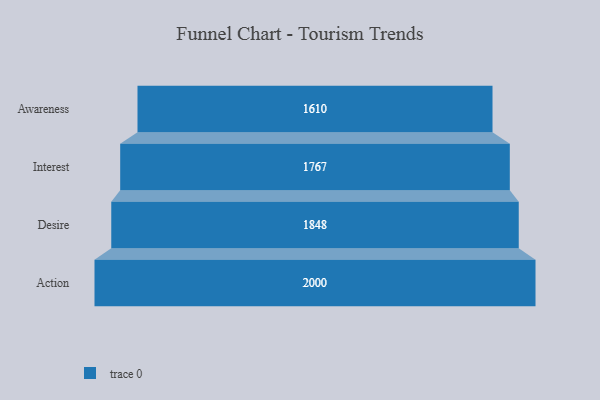
{"axis": {"x": "Stage", "y": "Value"}, "legend": [""], "data": [{"x": "Awareness", "y": 1610.0, "type": ""}, {"x": "Interest", "y": 1767.0, "type": ""}, {"x": "Desire", "y": 1848.0, "type": ""}, {"x": "Action", "y": 2000, "type": ""}]}